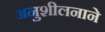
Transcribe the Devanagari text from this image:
अनुशीलनाने